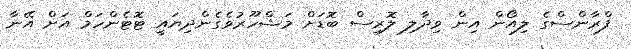
ފްރާންސްގެ ލިއޯން އިން ވިދާލި ލޮރިސް ބޮޑަށް މަޝްހޫރުވެގެންދިޔައީ ޓޮޓެންހަމް އަށް އޭނާ